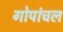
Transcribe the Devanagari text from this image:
गोपांचल